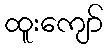
ထူးကျော်